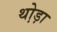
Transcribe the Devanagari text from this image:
थो़ड़ा